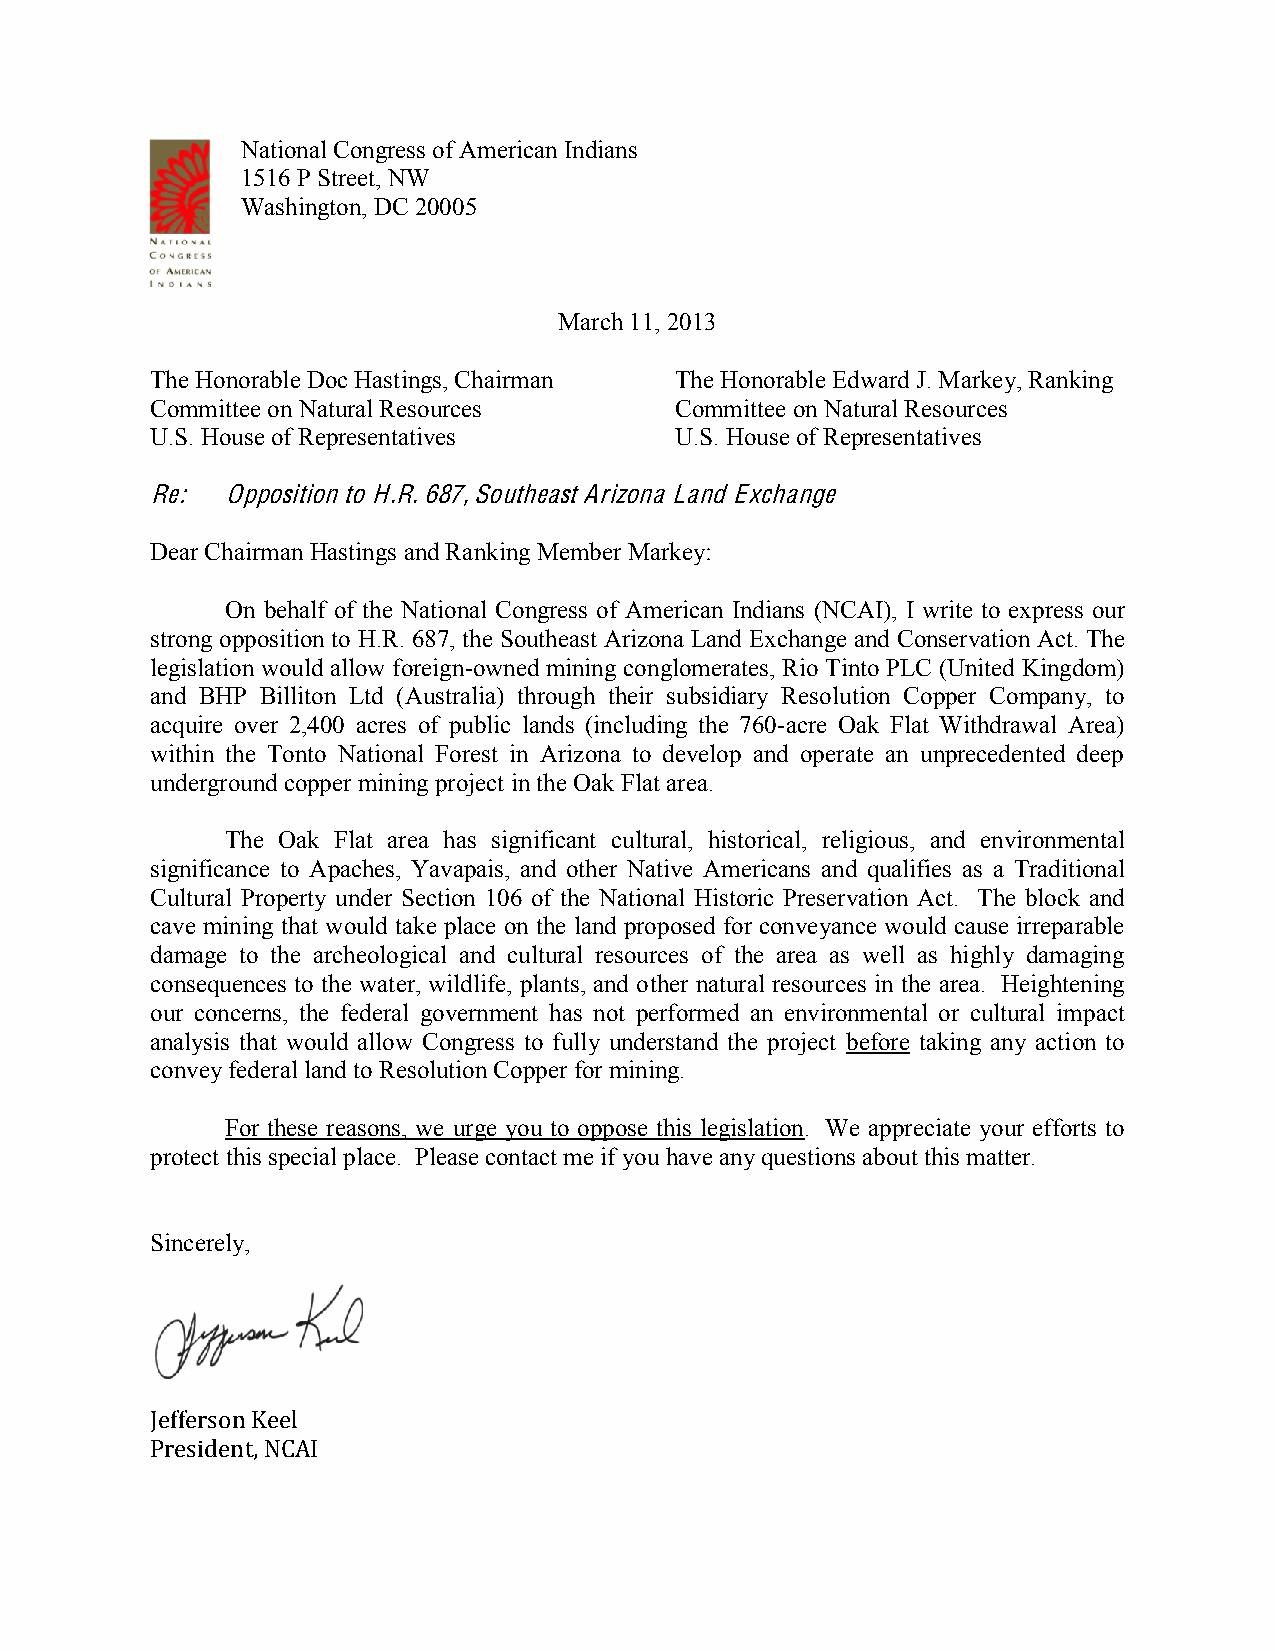
National Congress of American Indians
 1516 P Street, NW
 Washington, DC 20005
 March 11, 2013
 The Honorable Doc Hastings, Chairman The Honorable Edward J. Markey, Ranking
 Committee on Natural Resources     Committee on Natural Resources
 U.S. House of Representatives      U.S. House of Representatives
 Re:  Opposition to H.R. 687, Southeast Arizona Land Exchange
 Dear Chairman Hastings and Ranking Member Markey:
 On behalf of the National Congress of American Indians (NCAI), I write to express our
 strong opposition to H.R. 687, the Southeast Arizona Land Exchange and Conservation Act. The
 legislation would allow foreign-owned mining conglomerates, Rio Tinto PLC (United Kingdom)
 and BHP Billiton Ltd (Australia) through their subsidiary Resolution Copper Company, to
 acquire over 2,400 acres of public lands (including the 760-acre Oak Flat Withdrawal Area)
 within the Tonto National Forest in Arizona to develop and operate an unprecedented deep
 underground copper mining project in the Oak Flat area.
 The Oak Flat area has significant cultural, historical, religious, and environmental
 significance to Apaches, Yavapais, and other Native Americans and qualifies as a Traditional
 Cultural Property under Section 106 of the National Historic Preservation Act. The block and
 cave mining that would take place on the land proposed for conveyance would cause irreparable
 damage to the archeological and cultural resources of the area as well as highly damaging
 consequences to the water, wildlife, plants, and other natural resources in the area. Heightening
 our concerns, the federal government has not performed an environmental or cultural impact
 analysis that would allow Congress to fully understand the project before taking any action to
 convey federal land to Resolution Copper for mining.
 For these reasons, we urge you to oppose this legislation. We appreciate your efforts to
 protect this special place. Please contact me if you have any questions about this matter.
 Sincerely,
 Jefferson Keel
 President, NCAI